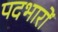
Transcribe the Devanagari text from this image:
पदभारों